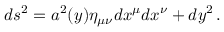
d s ^ { 2 } = a ^ { 2 } ( y ) \eta _ { \mu \nu } d x ^ { \mu } d x ^ { \nu } + d y ^ { 2 } \, .